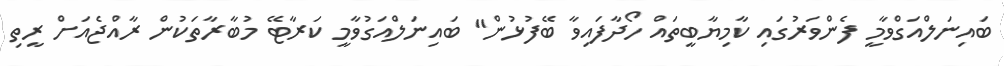
ބައިނަލްއަގްވާމީ ފެންވަރުގައި ކާމިޔާބީތައް ހޯދާފައިވާ ބޭފުޅުން" ބައިނަލްއަގުވާމީ ކަރާޓޭ މުބާރާތަކުން ރާއްޖެއަށް ރީތި